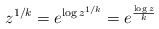
\begin{align*}z^{1/k} = e^{\log z^{1/k}} = e^{\frac{\log z}{k}}\end{align*}